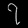
Digit: ၇